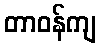
တာဝန်ကျ